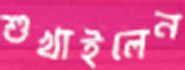
শুখাইলেন